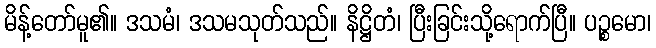
မိန့်တော်မူ၏။ ဒသမံ၊ ဒသမသုတ်သည်။ နိဋ္ဌိတံ၊ ပြီးခြင်းသို့ရောက်ပြီ။ ပဉ္စမော၊